Lunatic asylums in Bengal annual reports 1899-1911 - 1899-1911
Year: 1899
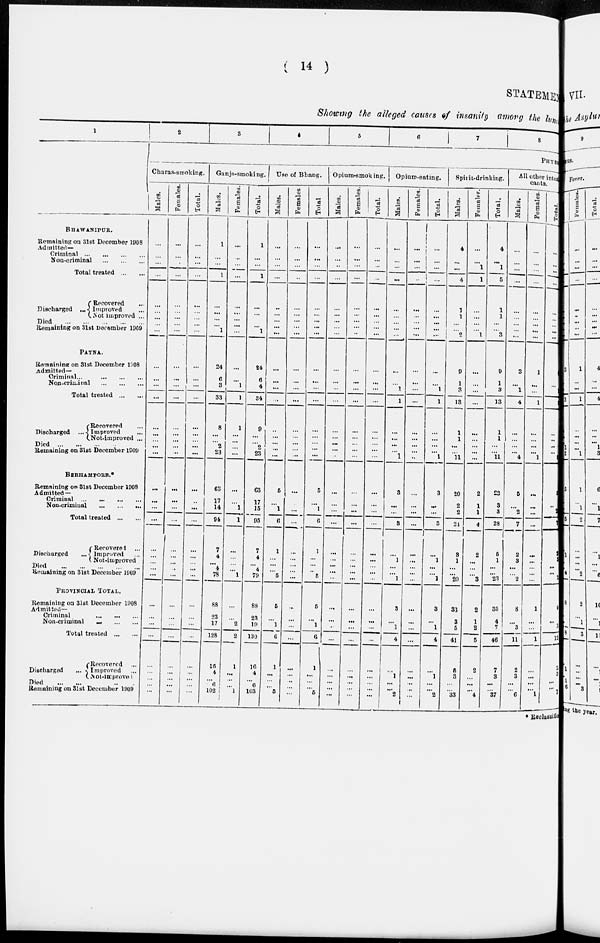
( 14 )
STATEMENT
Showing the alleged causes of insanity among the lunatic
1
BHAWANIPUR.
Remaining on 31st December 1908
Admitted—
Criminal
...
...
...
...
Non-criminal
...
...
...
Total treated ... ...
Discharged ...
Recovered
Improved
Not improved ...
Died
...
...
...
...
...
Remaining on 31st December 1909
PATNA.
Remaining on 31st December 1908
Admitted-
Criminal
...
...
...
...
Non-criminal ... ... ...
Total treated ... ...
Discharged ...
Recovered ...
Improved ...
Not-improved ...
Died
...
...
...
...
Remaining on 31st December 1909
BERHAMPORE.
Remaining on 31st December 1908
Admitted —
Criminal
...
...
...
...
Non-criminal ... ... ...
Total treated ... ...
Discharged ...
Recovered ...
Improved ...
Not-improved ...
Died
...
...
...
...
...
Remaining on 31st December 1909
PROVINCIAL TOTAL.
Remaining on 31st December 1908
Admitted-
Criminal ... ... ...
Non-criminal
...
...
...
Total treated ... ...
Discharged ...
Recovered ...
Improved ...
Not-improved ...
Died ... ... ... ... ...
Remaining on 31st December 1909
2
3
4
6
6
7
8
PHYSICAL
Charas-smoking.
Males.
...
...
...
...
...
...
...
...
...
...
...
...
...
...
...
...
...
...
...
...
...
...
...
...
...
...
...
...
...
...
...
...
...
...
...
...
Females.
...
...
...
...
...
...
...
...
...
...
...
...
...
...
...
...
...
...
...
...
...
...
...
...
...
...
...
...
...
...
...
...
...
...
...
...
Total.
...
...
...
...
...
...
...
...
...
...
...
...
...
...
...
...
...
...
...
...
...
...
...
...
...
...
...
...
...
...
...
...
...
...
...
...
Ganja-smoaing.
Males.
1
...
...
1
...
...
...
...
1
24
6
3
33
8
...
...
2
23
63
17
14
94
7
4
...
4
78
88
23
17
128
15
4
...
6
102
Females.
...
...
...
...
...
...
...
...
...
...
...
1
1
1
...
...
...
...
...
...
1
1
...
...
...
...
1
...
...
2
2
1
...
...
...
1
Total.
1
...
...
1
...
...
...
...
1
24
6
4
34
9
...
...
2
23
63
17
15
95
7
4
...
4
79
88
23
19
130
16
4
...
6
103
Use of Bhang.
Males.
...
...
...
...
...
...
...
...
...
...
...
...
...
...
...
...
... ...
5
...
1
6
1
...
...
...
5
5
...
1
6
1
...
...
...
5
Females.
...
...
...
...
...
...
...
...
...
...
...
...
...
...
...
...
...
...
...
...
...
...
...
...
...
...
...
...
...
...
...
...
...
...
...
...
Total.
...
...
...
...
...
...
...
...
...
...
...
...
...
...
...
...
...
...
5
...
1
6
1
...
...
...
5
5
...
1
6
1
...
...
...
5
Opium-smoking.
Males.
...
...
...
...
...
...
...
...
...
...
...
...
...
...
...
...
...
...
...
...
...
...
...
...
...
...
...
...
...
...
...
...
...
...
...
...
Females.
...
...
...
...
...
...
...
...
...
...
...
...
...
...
...
...
...
...
...
...
...
...
...
...
...
...
...
...
...
...
...
...
...
...
...
...
Total.
...
...
...
...
...
...
...
...
...
...
...
...
...
...
...
...
...
...
...
...
...
...
...
...
...
...
...
...
...
...
...
...
...
...
...
...
Opium-eating.
Males.
...
...
...
...
...
...
...
...
...
...
...
1
1
...
...
...
... 1
3
...
...
3
...
1
...
...
1
3
...
1
4
...
1
...
...
2
Females.
...
...
...
..
...
...
...
...
...
...
...
...
...
...
...
...
...
...
...
...
...
...
...
...
...
...
...
...
...
...
...
...
...
...
...
...
Total.
...
...
...
...
...
...
...
...
...
...
...
1
1
...
...
...
... 1
3
...
...
3
...
1
...
...
1
3
...
1
4
...
1
...
...
2
Spirit-drinking.
Males.
4
...
...
4
1
1
...
...
2
9
1
3
13
1
1
...
...
11
20
2
2
24
3
1
...
...
20
33
3
5
41
5
3
...
...
33
Females.
...
...
1
1
...
...
...
...
1
...
...
...
...
...
...
...
...
...
2
1
1
4
2
...
...
...
3
2
1
2
5
2
...
...
...
4
Total.
4
...
1
5
1
1
...
...
3
9
1
3
13
1
1
...
...
11
22
3
3
28
5
1
...
...
23
35
4
7
46
7
3
...
...
37
All other intox
cants.
Males.
...
...
...
...
...
...
...
...
...
3
...
1
4
...
...
...
...
4
5
...
2
7
2
3
...
...
2
8
...
3
11
2
3
...
...
6
Females.
...
...
...
...
...
...
...
...
...
1
...
...
1
...
...
...
...
1
...
...
...
...
...
...
...
...
...
1
...
...
1
...
...
...
...
1
Total.
...
...
...
...
...
...
...
...
...
4
...
...
...
...
...
...
...
5
5
...
2
7
2
3
...
...
2
9
...
3
12
2
3
...
...
7
* Reclassifie